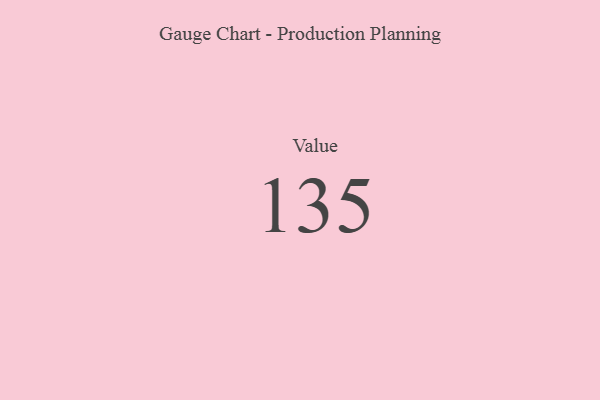
{"axis": {"x": "Metric", "y": "Value"}, "legend": [""], "data": [{"x": "Value", "y": 135, "type": ""}]}